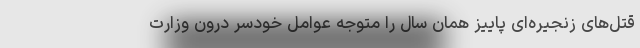
قتل‌های زنجیره‌ای پاییز همان سال را متوجه عوامل خودسر درون وزارت